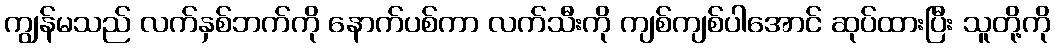
ကျွန်မသည် လက်နှစ်ဘက်ကို နောက်ပစ်ကာ လက်သီးကို ကျစ်ကျစ်ပါအောင် ဆုပ်ထားပြီး သူတို့ကို